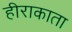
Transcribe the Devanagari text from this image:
हीराकाता